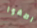
اصغوا